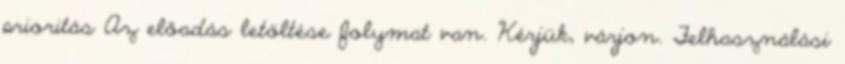
prioritás Az előadás letöltése folymat van. Kérjük, várjon. Felhasználási